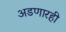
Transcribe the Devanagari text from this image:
अडणारही